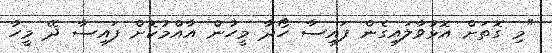
"މި ގޮތަށް އޮޅުވާލައިގެން ފައިސާ ހޯދާ މީހުން އާއްމުކޮށް ފައިސާ ދޭ މީހާ